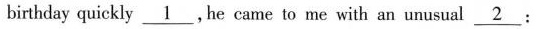
birthday quickly \underline{1}, he came to me with an unusual \underline{2}: